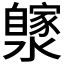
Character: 𤂼